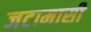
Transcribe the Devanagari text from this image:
जटामासी